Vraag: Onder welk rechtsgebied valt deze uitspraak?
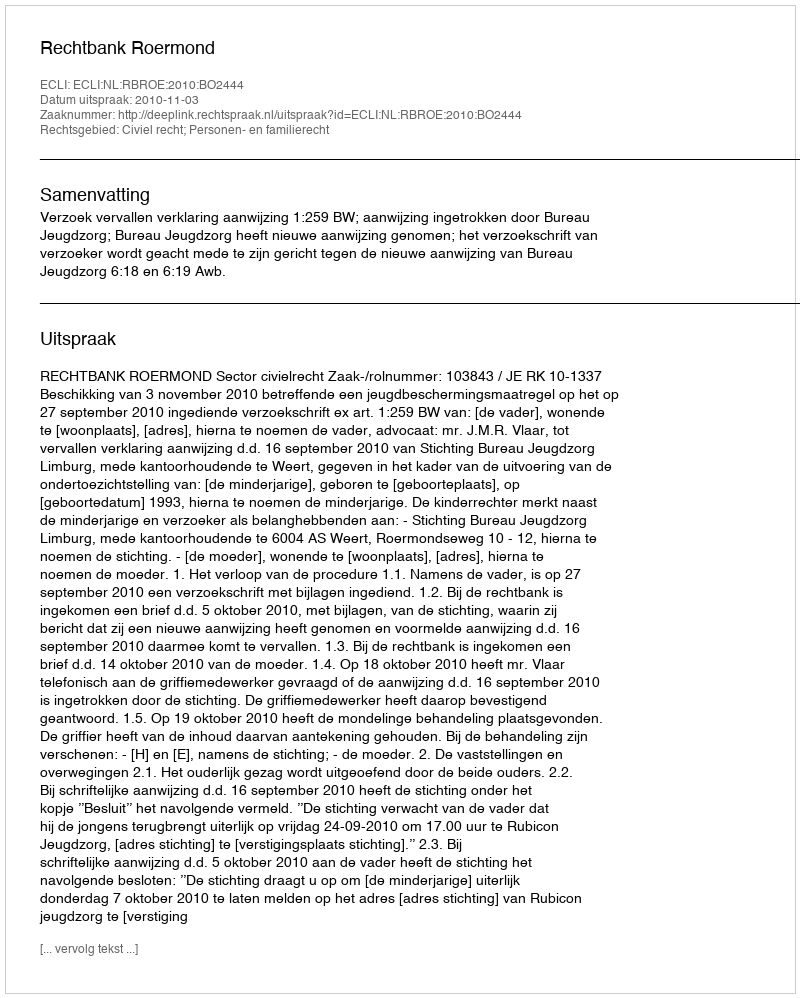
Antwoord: Civiel recht; Personen- en familierecht